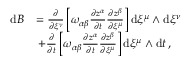
\begin{array} { r l } { \mathrm { d } B } & { = \frac { \partial } { \partial \xi ^ { \nu } } \left[ \omega _ { \alpha \beta } \frac { \partial z ^ { \alpha } } { \partial t } \frac { \partial z ^ { \beta } } { \partial \xi ^ { \mu } } \right] \mathrm { d } \xi ^ { \mu } \wedge \mathrm { d } \xi ^ { \nu } } \\ & { \, + \frac { \partial } { \partial t } \left[ \omega _ { \alpha \beta } \frac { \partial z ^ { \alpha } } { \partial t } \frac { \partial z ^ { \beta } } { \partial \xi ^ { \mu } } \right] \mathrm { d } \xi ^ { \mu } \wedge \mathrm { d } t \, , } \end{array}